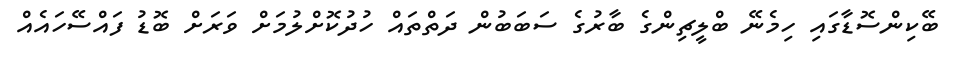
ބޭކިންސޮޑާގައި ހިމެނޭ ބްލީޗިންގެ ބާރުގެ ސަބަބުން ދަތްތައް ހުދުކޮށްލުމަށް ވަރަށް ބޮޑު ފައްސޭހައެއް